Source: Handwritten
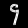
Digit: ၄ (4)